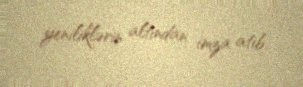
yeniliklərin altından imza atıb.